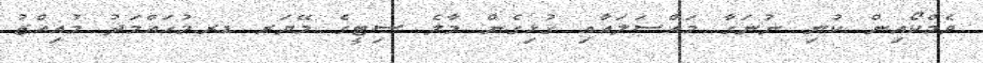
ވެމްކޯއިން ކުނި ނުނަގާ މައްސަލައާއި ގުޅިގެން މާލެ ސިޓީގެ މޭޔަރ ޑރ.މުހައްމަދު މުއިއްޒު